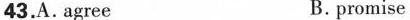
43.A. agree B. promise